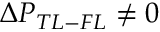
\Delta P _ { T L - F L } \neq 0